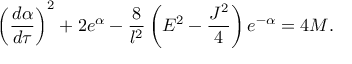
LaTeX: \left( \frac { d \alpha } { d \tau } \right) ^ { 2 } + 2 e ^ { \alpha } - \frac { 8 } { l ^ { 2 } } \left( E ^ { 2 } - \frac { J ^ { 2 } } { 4 } \right) e ^ { - \alpha } = 4 M .